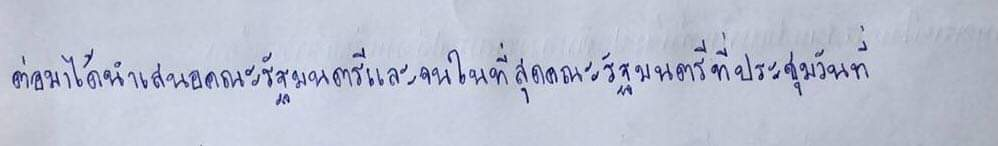
ต่อมาได้นำเสนอคณะรัฐมนตรีและจนในที่สุดคณะรัฐมนตรีที่ประชุมวันที่